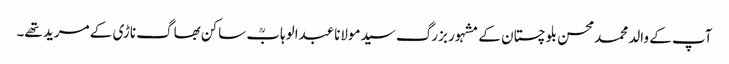
آپ کے والد محمدمحسن بلوچستان کے مشہور بزرگ سیدمولاناعبدالوہابؒ ساکن بھاگ ناڑی کے مرید تھے۔